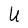
Character: U